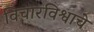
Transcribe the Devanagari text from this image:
विचारविश्वाचे